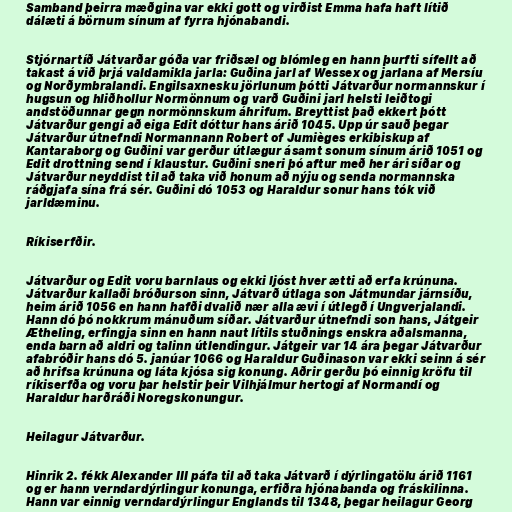
Samband þeirra mæðgina var ekki gott og virðist Emma hafa haft lítið
dálæti á börnum sínum af fyrra hjónabandi.

Stjórnartíð Játvarðar góða var friðsæl og blómleg en hann þurfti sífellt að
takast á við þrjá valdamikla jarla: Guðina jarl af Wessex og jarlana af Mersíu
og Norðymbralandi. Engilsaxnesku jörlunum þótti Játvarður normannskur í
hugsun og hliðhollur Normönnum og varð Guðini jarl helsti leiðtogi
andstöðunnar gegn normönnskum áhrifum. Breyttist það ekkert þótt
Játvarður gengi að eiga Edit dóttur hans árið 1045. Upp úr sauð þegar
Játvarður útnefndi Normannann Robert of Jumièges erkibiskup af
Kantaraborg og Guðini var gerður útlægur ásamt sonum sínum árið 1051 og
Edit drottning send í klaustur. Guðini sneri þó aftur með her ári síðar og
Játvarður neyddist til að taka við honum að nýju og senda normannska
ráðgjafa sína frá sér. Guðini dó 1053 og Haraldur sonur hans tók við
jarldæminu.

Ríkiserfðir.

Játvarður og Edit voru barnlaus og ekki ljóst hver ætti að erfa krúnuna.
Játvarður kallaði bróðurson sinn, Játvarð útlaga son Játmundar járnsíðu,
heim árið 1056 en hann hafði dvalið nær alla ævi í útlegð í Ungverjalandi.
Hann dó þó nokkrum mánuðum síðar. Játvarður útnefndi son hans, Játgeir
Ætheling, erfingja sinn en hann naut lítils stuðnings enskra aðalsmanna,
enda barn að aldri og talinn útlendingur. Játgeir var 14 ára þegar Játvarður
afabróðir hans dó 5. janúar 1066 og Haraldur Guðinason var ekki seinn á sér
að hrifsa krúnuna og láta kjósa sig konung. Aðrir gerðu þó einnig kröfu til
ríkiserfða og voru þar helstir þeir Vilhjálmur hertogi af Normandí og
Haraldur harðráði Noregskonungur.

Heilagur Játvarður.

Hinrik 2. fékk Alexander III páfa til að taka Játvarð í dýrlingatölu árið 1161
og er hann verndardýrlingur konunga, erfiðra hjónabanda og fráskilinna.
Hann var einnig verndardýrlingur Englands til 1348, þegar heilagur Georg